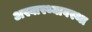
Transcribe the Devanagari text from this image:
अस्वास्थ्यावस्था